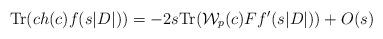
LaTeX: \begin{align*}{\rm Tr}(ch(c)f(s|D|))=-2s{\rm Tr}(\mathcal{W}_p(c)Ff'(s|D|))+O(s)\end{align*}